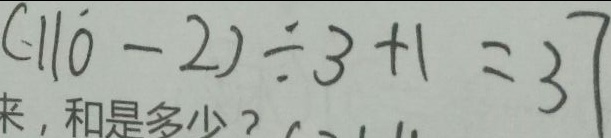
( 1 1 0 - 2 ) \div 3 + 1 = 3 7